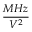
\frac { M H z } { V ^ { 2 } }